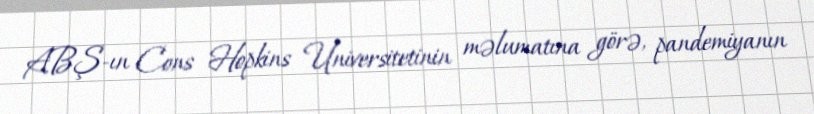
ABŞ-ın Cons Hopkins Universitetinin məlumatına görə, pandemiyanın